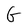
Character: G